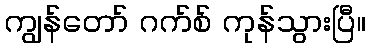
ကျွန်တော် ဂက်စ် ကုန်သွားပြီ။